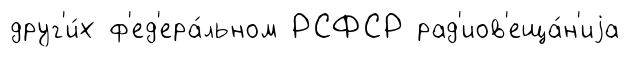
друг'и́х ф'ед'ера́льном РСФСР рад'иов'еща́н'иjа